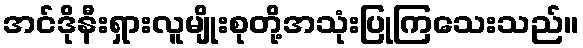
အင်ဒိုနီးရှားလူမျိုးစုတို့အသုံးပြုကြသေးသည်။